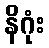
နိဂုံး